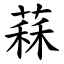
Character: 䔉